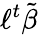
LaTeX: \ell^{t}{\tilde{\beta}}